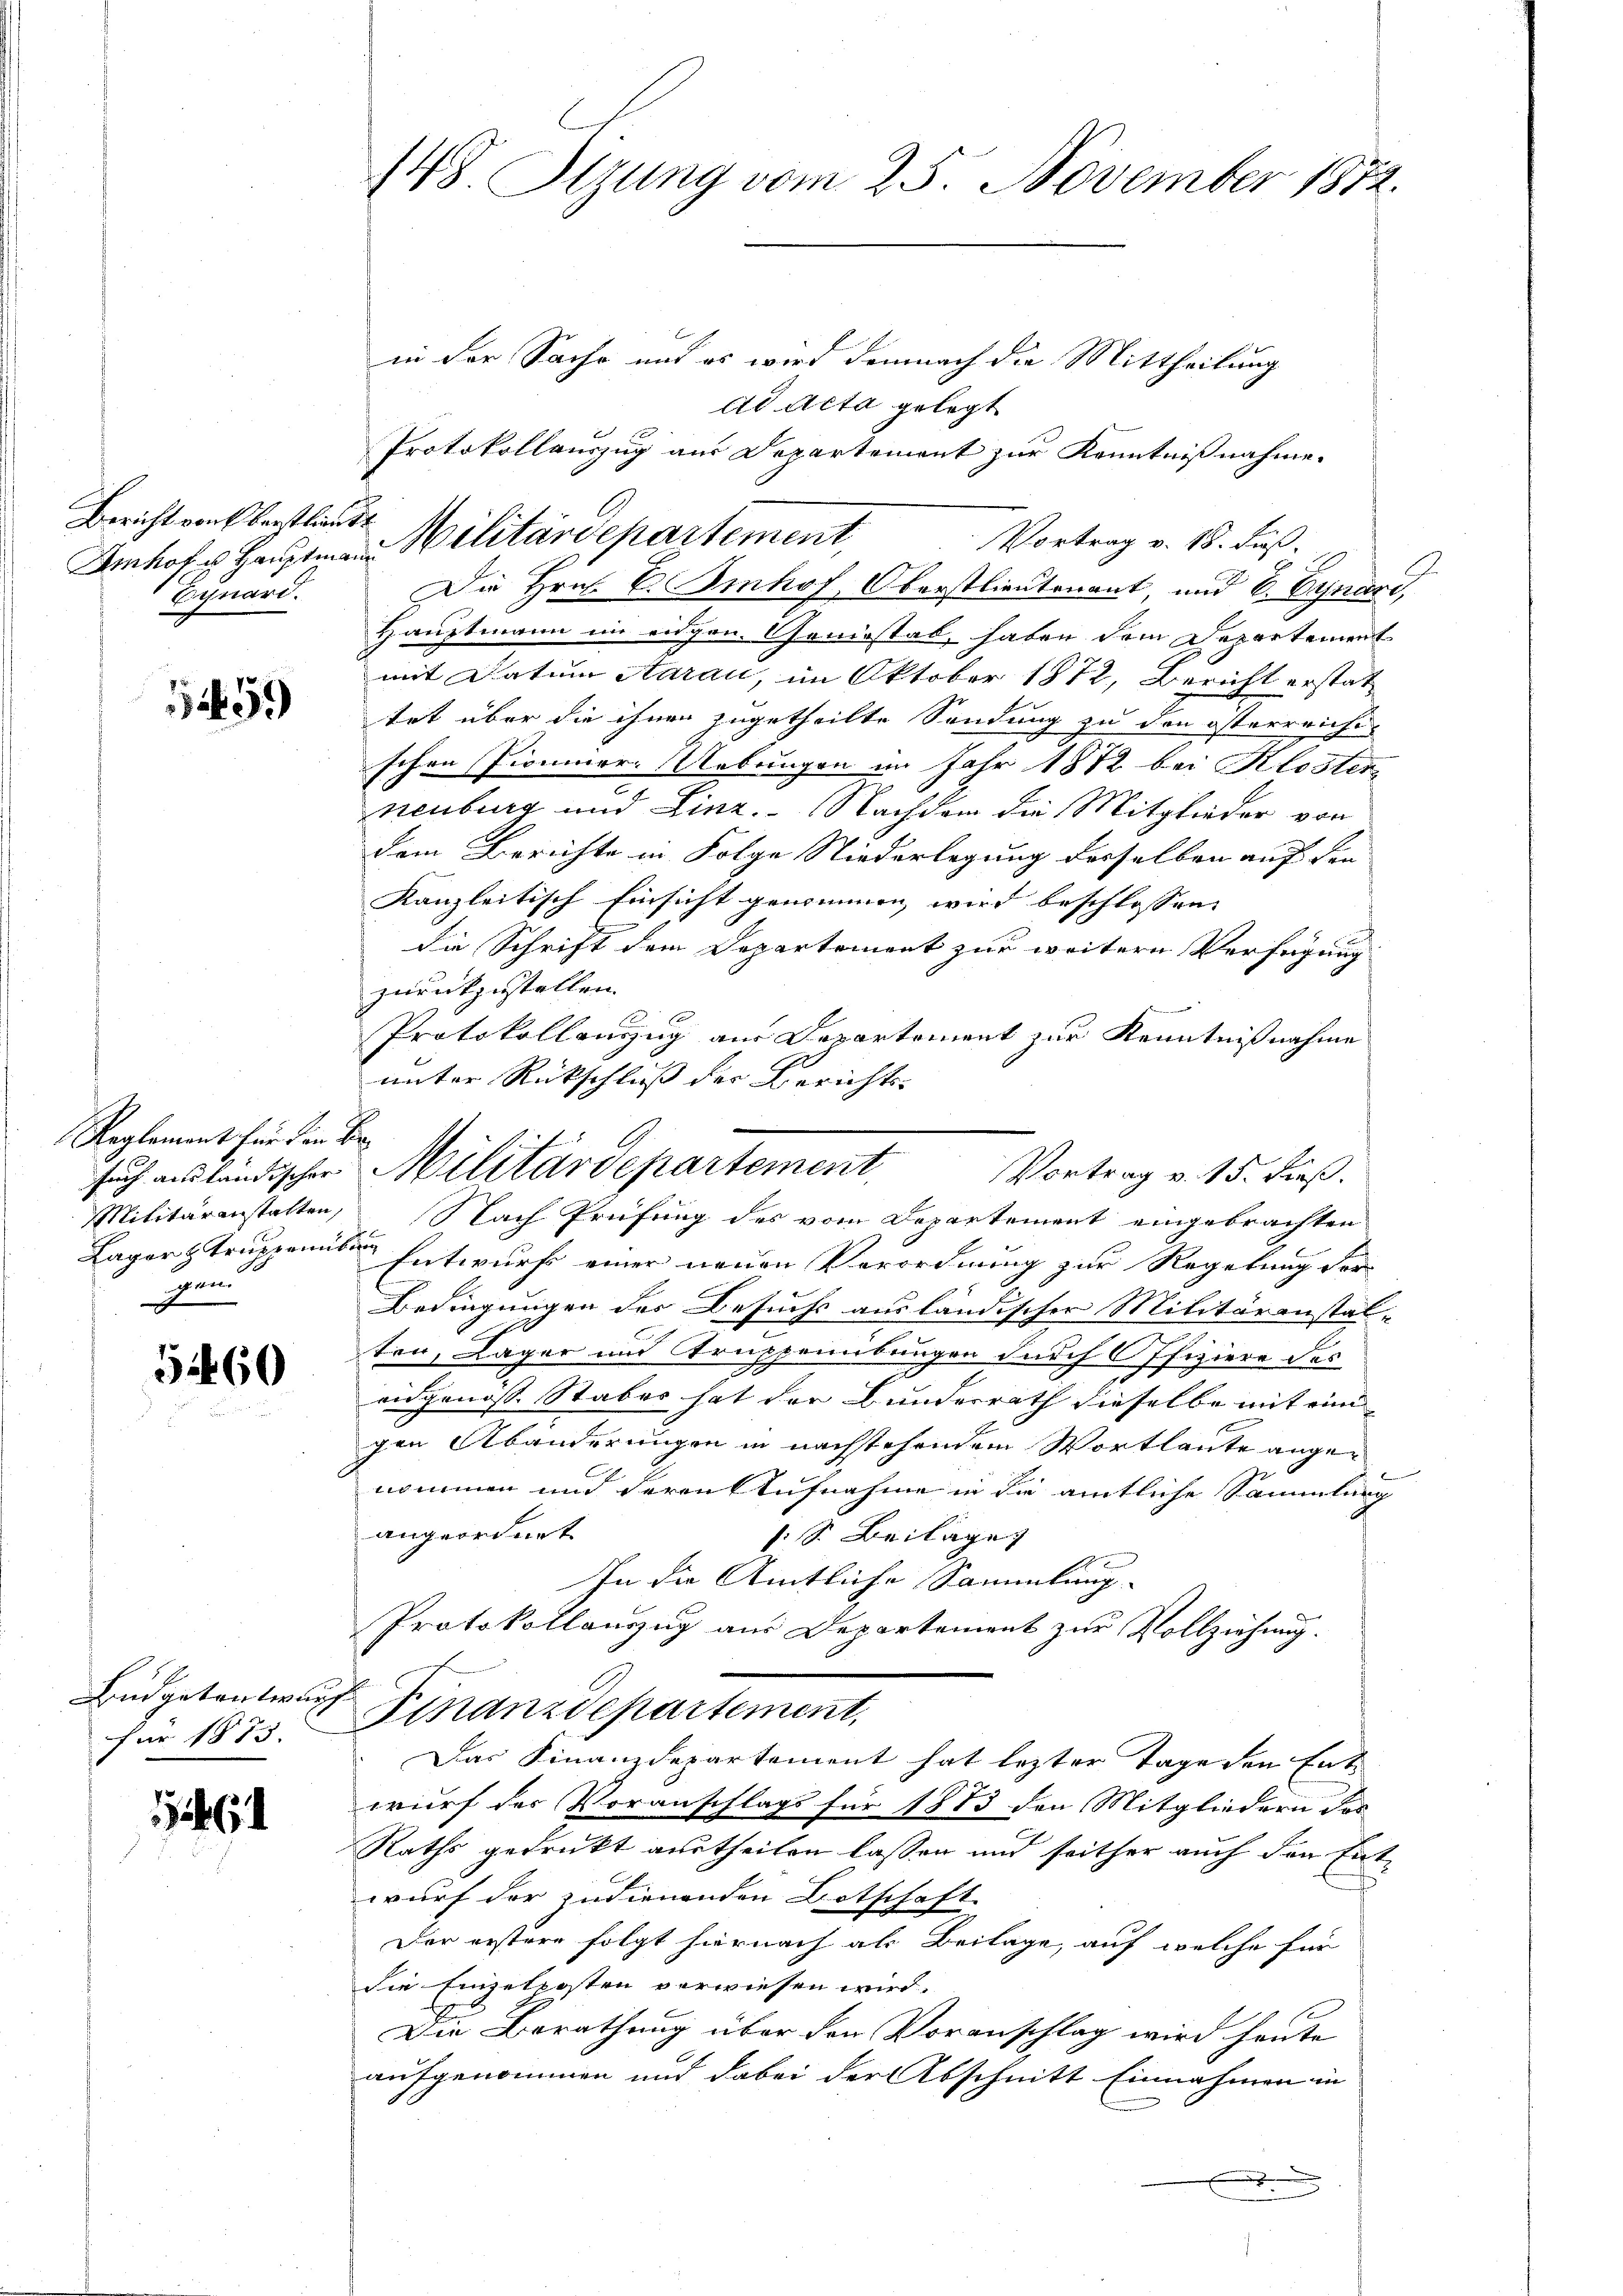
Bericht von Eberstlieutt
Egnard.

1459

Reglement für in Be
such ausländischer |
senen

5460

Büdgetentwurf
für 1873.

1

148. Sizung vom 25. November 1872.

in der Sache mit es wird demnach die Mittheilung
ad Acta gelegt
Vortrag v. 18. Fuß.
Die Hrn. E. Imhof, Oberstlieutenant, und 6. Cynard,
Hauptmann im eidgen. Geniessel, haben dem Departement
mit Datum Aarau, im Oktober 1872, Bericht erstattet über die ihnen zugetheilte Sendung zu den österreichi-
schen Pionner. Uebungen im Jahr 1872 bei Kloster
neuburg und Linz. Nachdem die Mitglieder von
dem Berichte in Folge Niederlegung desselben auf den
Kanzleitisch Einsicht genommen, wird beschlossen:
die Schrift dem Departement zur weitern Verfügung
zurückzustellen.
A
Protokollauszug aus Departement zur Kenntnißnahme
unter Rückschluß der Berichts-
Militäranstalten, Nach Prüfung des vom Departement eingebrachten
Lager Struppen seine Entwurf einer neuen Verordnung zur Regelung der
Bedingungen der Besuchs ausländischer Militäranstal-
ten, Lager und Truppernbungen durch Offiziere des
aidgenosse Stabes hat der Bundesrath dieselbe mit eine
gen Abänderungen in nachstehendem Wortlaute angenommen und deren Aufnahme in die amtliche Sammlung
angeordnet.
1: S. Beilage
In die Amtliche Sammlung.
Protokollanzug aus Departement zur Vollziehung.
Finanzdepartement,
Das Finanzdepartement hat lezter Tage den Entwurf der Voranschlags für 1883 den Mitgliedern Jos
Raths gedruckt austheilen lassen und seither auch den Entwurf der zudienenden Botschaft
Der erstere folgt hiernach als Beilage, auf welche für
die Einzelposten verwiesen wird.
Die Berathung über den Voranschlag wird heute
aufgenommen und dabei der Abschnitt Einnahmen in
.
x

1
Protokollauszug aus Departement zur Kenntnißnahme.
Amhof Hauptmann Militärdepartement,

Militärdepartement
Vortrag v. 15. dieß.